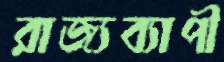
রাজ্যব্যাপী